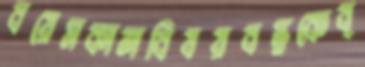
বয়েসকালবিষয়বস্তুকেব্